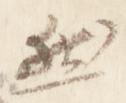
然